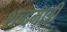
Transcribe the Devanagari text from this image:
शब्दमात्री